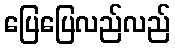
ပြေပြေလည်လည်